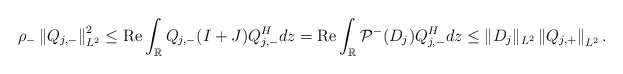
\begin{align*}\rho_- \left\|Q_{j,-}\right\|_{L^2}^2 \leq \operatorname{Re} \int_{\mathbb{R}} Q_{j,-}(I+J) Q_{j,-}^H dz=\operatorname{Re}\int_{\mathbb{R}} \mathcal{P}^-(D_j) Q_{j,-}^H dz \leq\|D_j\|_{L^2}\left\|Q_{j,+}\right\|_{L^2}.\end{align*}